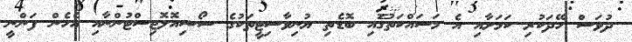
ދުވަސް ހޭދަކުރި ކަމަށާއި އެ މަސައްކަތުގައި ބޮޑެތި ޔުނިވާސިޓީތަކުގެ ސޯޝިއޮލޮޖިސްޓުންނާއި އެހެން ފަންނީ